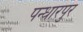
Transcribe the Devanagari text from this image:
पन्धारपुर